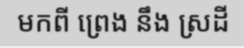
មកពី ព្រេង នឹង ស្រដី